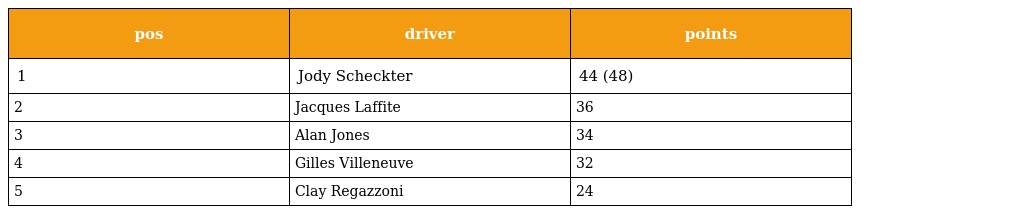
| pos | driver | points |
 | --- | --- | --- |
 | 1 | Jody Scheckter | 44 (48) |
 | 2 | Jacques Laffite | 36 |
 | 3 | Alan Jones | 34 |
 | 4 | Gilles Villeneuve | 32 |
 | 5 | Clay Regazzoni | 24 |